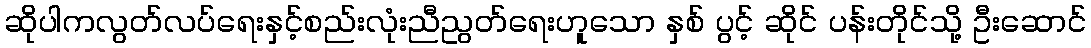
ဆိုပါကလွတ်လပ်ရေးနှင့်စည်းလုံးညီညွတ်ရေးဟူသော နှစ် ပွင့် ဆိုင် ပန်းတိုင်သို့ ဦးဆောင်